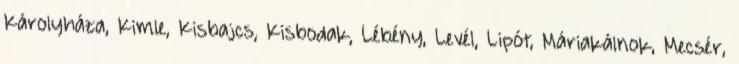
Károlyháza, Kimle, Kisbajcs, Kisbodak, Lébény, Levél, Lipót, Máriakálnok, Mecsér,